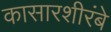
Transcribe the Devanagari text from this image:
कासारशीरंबे